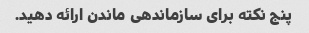
پنج نکته برای سازماندهی ماندن ارائه دهید.